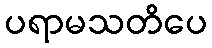
ပရာမသတိပေ